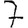
Digit: 7